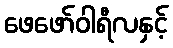
ဖေဖော်ဝါရီလနှင့်